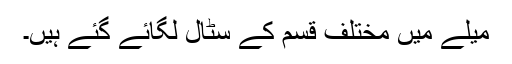
میلے میں مختلف قسم کے سٹال لگائے گئے ہیں۔